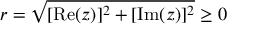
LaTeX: r = { \sqrt { [ \mathrm { R e } ( z ) ] ^ { 2 } + [ \mathrm { I m } ( z ) ] ^ { 2 } } } \geq 0